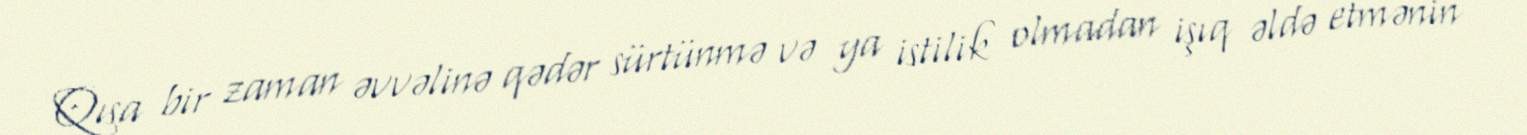
Qısa bir zaman əvvəlinə qədər sürtünmə və ya istilik olmadan işıq əldə etmənin